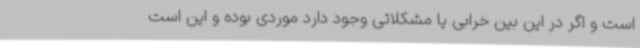
است و اگر در این بین خرابی یا مشکلاتی وجود دارد موردی بوده و این است